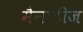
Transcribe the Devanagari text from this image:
मैनाटीज